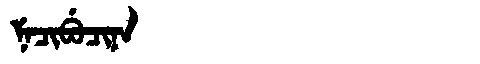
Manchu: ᠨᡝᠴᡳᠪᡠᠴᡳᠨᠠ
Romanization: NECIBUCINA